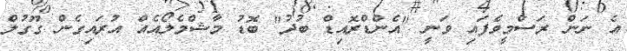
އެ ނަން ރަސްމީވެފައި ވަނީ "އެންޑްރޮއިޑް ބުދު" ބޮޑު މާޝްމެލޯއެއް އުރައިގެން ގޫގުލް